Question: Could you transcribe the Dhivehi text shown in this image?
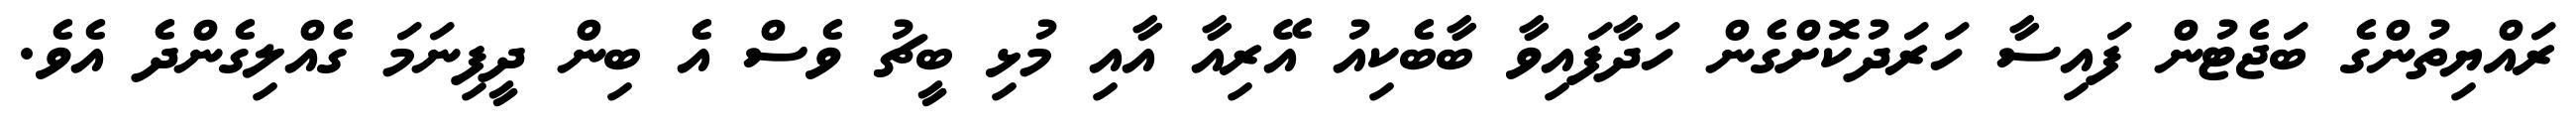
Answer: ރައްޔިތުންގެ ބަޖެޓުން ފައިސާ ހަރަދުކޮށްގެން ހަދާފައިވާ ބާބެކިއު އޭރިއާ އާއި މުޅި ބީޗު ވެސް އެ ބިން ދީފިނަމަ ގެއްލިގެންދެ އެވެ.